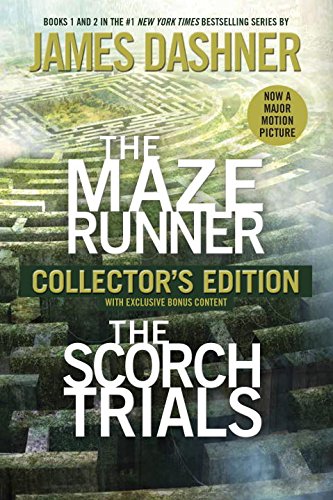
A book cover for The Maze Runner and The Scorch Trials: The Collector's Edition (Maze Runner, Book One and Book Two) (The Maze Runner Series); James Dashner; Teen & Young Adult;